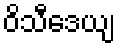
ဝိသီဒေယျ